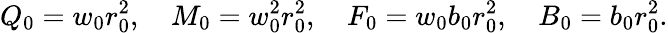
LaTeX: Q_{0}=w_{0}r_{0}^{2},\quad M_{0}=w_{0}^{2}r_{0}^{2},\quad F_{0}=w_{0}b_{0}r_{0}^{2},\quad B_{0}=b_{0}r_{0}^{2}.